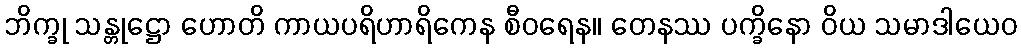
ဘိက္ခု သန္တုဋ္ဌော ဟောတိ ကာယပရိဟာရိကေန စီဝရေန။ တေနဿ ပက္ခိနော ဝိယ သမာဒါယေဝ